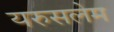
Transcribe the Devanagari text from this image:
यरुसलेम